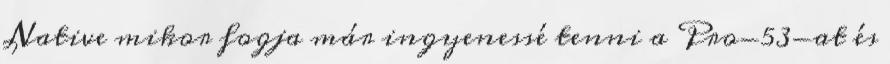
Native mikor fogja már ingyenessé tenni a Pro-53-at és